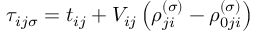
\tau _ { i j \sigma } = t _ { i j } + V _ { i j } \left( \rho _ { j i } ^ { \left( \sigma \right) } - \rho _ { 0 j i } ^ { \left( \sigma \right) } \right)